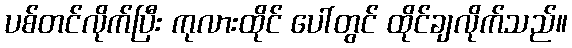
ပစ်တင်လိုက်ပြီး ကုလားထိုင် ပေါ်တွင် ထိုင်ချလိုက်သည်။